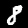
Digit: 8